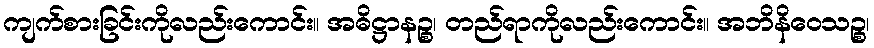
ကျက်စားခြင်းကိုလည်းကောင်း။ အဓိဋ္ဌာနဉ္စ၊ တည်ရာကိုလည်းကောင်း။ အဘိနိဝေသဉ္စ၊